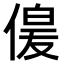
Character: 𫣋